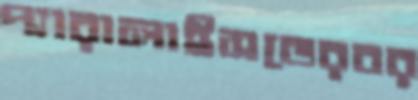
প্যারালাইসডেরবর